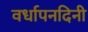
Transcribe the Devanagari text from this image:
वर्धापनदिनी